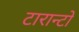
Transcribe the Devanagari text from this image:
टारान्टो